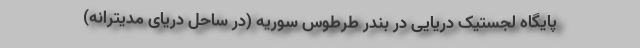
پایگاه لجستیک دریایی در بندر طرطوس سوریه (در ساحل دریای مدیترانه)